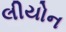
લીયોન